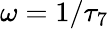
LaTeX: \omega=1/\tau_{7}